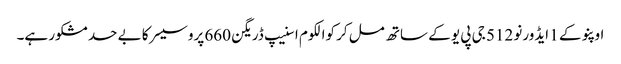
اوپنو کے 1 ایڈورنو 512 جی پی یو کے ساتھ مل کر کوالکوم اسنیپ ڈریگن 660 پروسیسر کا بے حد مشکور ہے۔